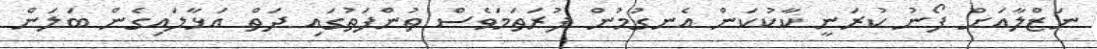
ނަޒްލާއަށް ފޯނު ކުރަނީ ކާކުކަން އެނގުމުން ފުރަތަމަވެސް ތުންފަތުގައި ދަތް އަޅާލައިގެން ބަލަން